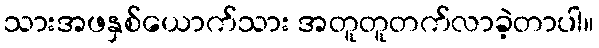
သားအဖနှစ်ယောက်သား အတူတူတက်လာခဲ့တာပါ။